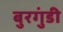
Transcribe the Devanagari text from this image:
बुरगुंडी